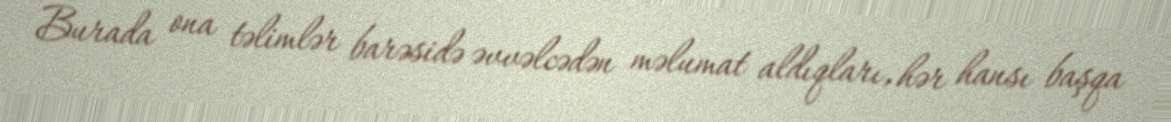
Burada ona təlimlər barəsidə əvvəlcədən məlumat aldıqları, hər hansı başqa